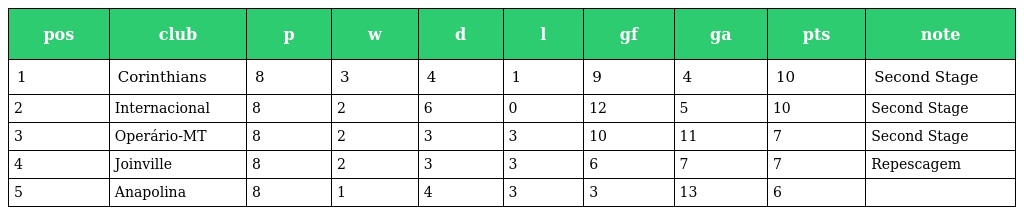
| pos | club | p | w | d | l | gf | ga | pts | note |
 | --- | --- | --- | --- | --- | --- | --- | --- | --- | --- |
 | 1 | Corinthians | 8 | 3 | 4 | 1 | 9 | 4 | 10 | Second Stage |
 | 2 | Internacional | 8 | 2 | 6 | 0 | 12 | 5 | 10 | Second Stage |
 | 3 | Operário-MT | 8 | 2 | 3 | 3 | 10 | 11 | 7 | Second Stage |
 | 4 | Joinville | 8 | 2 | 3 | 3 | 6 | 7 | 7 | Repescagem |
 | 5 | Anapolina | 8 | 1 | 4 | 3 | 3 | 13 | 6 |  |